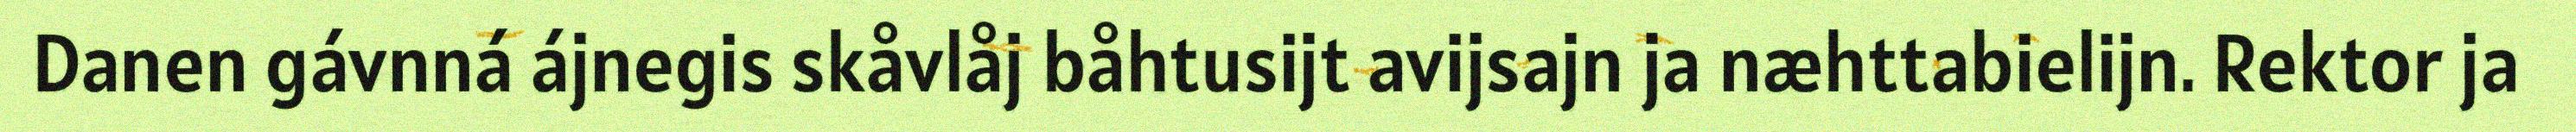
Danen gávnná ájnegis skåvlåj båhtusijt avijsajn ja næhttabielijn. Rektor ja